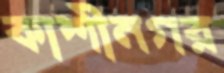
কাশীনগর